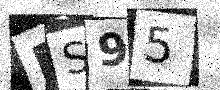
Text: BS95